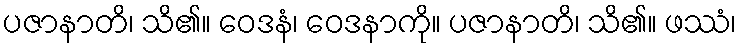
ပဇာနာတိ၊ သိ၏။ ဝေဒနံ၊ ဝေဒနာကို။ ပဇာနာတိ၊ သိ၏။ ဖဿံ၊